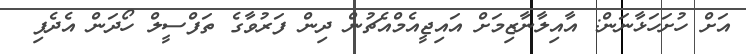
އަށް ހުށަހަޅާނަން: އާއިލާނާޒިމަށް އައިޖީއެމްއެޗުން ދިން ފަރުވާގެ ތަފްސީލް ހޯދަން އެދެފި